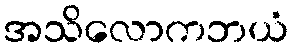
အသိလောကဘယံ